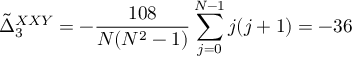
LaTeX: \tilde { \Delta } _ { 3 } ^ { X X Y } = - { \frac { 1 0 8 } { N ( N ^ { 2 } - 1 ) } } \sum _ { j = 0 } ^ { N - 1 } j ( j + 1 ) = - 3 6